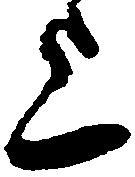
上